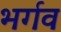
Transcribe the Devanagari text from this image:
भर्गव